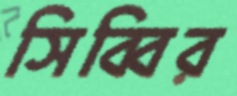
সিব্বির